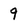
Character: 9